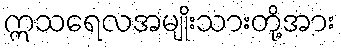
ဣသရေလအမျိုးသားတို့အား